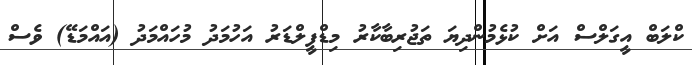
ކްލަބް އީގަލްސް އަށް ކުޅެމުންދިޔަ ތަޖުރިބާކާރު މިޑްފީލްޑަރު އަހުމަދު މުހައްމަދު (އައްމަޑޭ) ވެސް